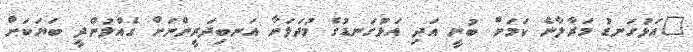
"އަޅުގަނޑު މަރާލާނެ ކަމަށް ބުނީ އަދި އަޅުގަނޑުގެ މުދަލަށާ އަނބިދަރީންނަށް ގެއްލުންދީ ބަޔަކަށް